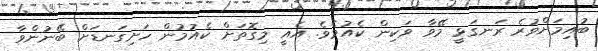
ބުއިމަށްވުރެ ރަނގަޅީ މޭވާ ވަކިން ކެއުމެވެ. އެއީ މިގޮތަށް ކެއުމުން ހަށިގަނޑަށް ބޭނުންވާ